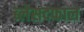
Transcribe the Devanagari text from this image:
ब्लेसदफाल